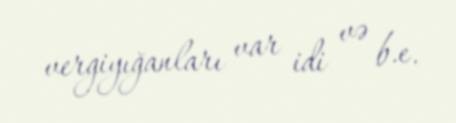
vergiyığanları var idi və b.e.